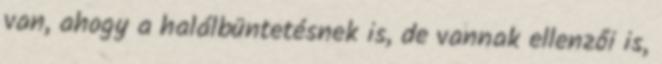
van, ahogy a halálbüntetésnek is, de vannak ellenzői is,